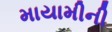
માયામીની